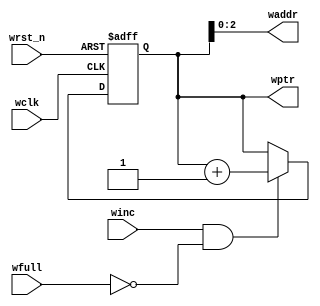
module Wd_ptr #(parameter pointer_width=4) (

input winc,wfull,
input wclk,wrst_n,														
output wire [pointer_width-2:0]	waddr,
output reg   [pointer_width-1:0]	wptr


);


always @(posedge wclk or negedge wrst_n )
begin
if(!wrst_n)
begin
	wptr <= 0;
end
else
begin
if(winc && !wfull)
begin
	wptr <= wptr+1;
	
end
end 
end



assign waddr= wptr[pointer_width-2:0];
endmodule